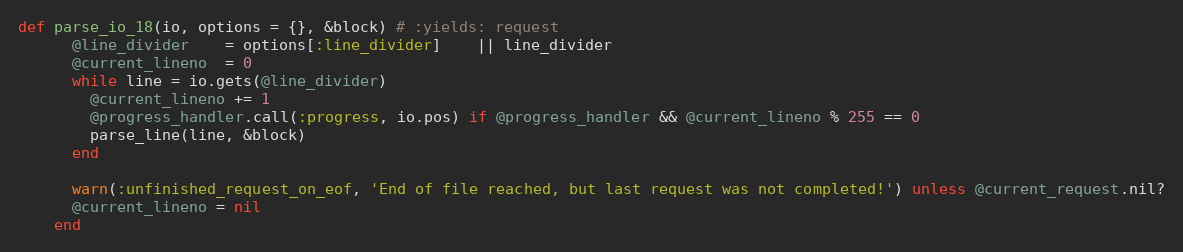
Language: Ruby
def parse_io_18(io, options = {}, &block) # :yields: request
      @line_divider    = options[:line_divider]    || line_divider
      @current_lineno  = 0
      while line = io.gets(@line_divider)
        @current_lineno += 1
        @progress_handler.call(:progress, io.pos) if @progress_handler && @current_lineno % 255 == 0
        parse_line(line, &block)
      end

      warn(:unfinished_request_on_eof, 'End of file reached, but last request was not completed!') unless @current_request.nil?
      @current_lineno = nil
    end